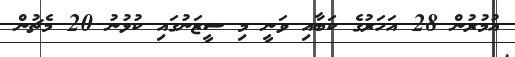
އުމުރުން 28 އަހަރުގެ ކަބާއި ވަނީ މި ސީޒަނުގައި ކުޅުނު 20 މެޗުން